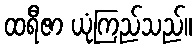
ထရီဇာ ယုံကြည်သည်။